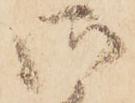
御